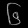
Digit: ၆